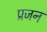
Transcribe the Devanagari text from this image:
प्रजन